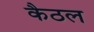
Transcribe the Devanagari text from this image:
कैठल